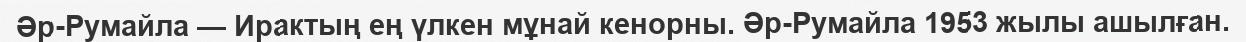
Әр-Румайла — Ирактың ең үлкен мұнай кенорны. Әр-Румайла 1953 жылы ашылған.